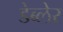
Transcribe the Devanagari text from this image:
डेब्लेर